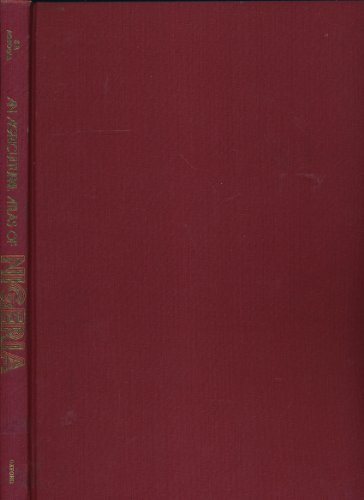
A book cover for Agricultural Atlas of Nigeria by Agboola S. A. (1979-10-04) Hardcover; Agboola S. A.; Travel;